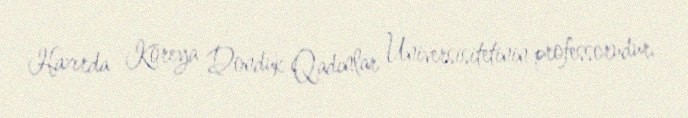
Hazırda Koreya Donduk Qadınlar Universisitetinin professorudur.